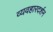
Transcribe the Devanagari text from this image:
व्यवहारदर्शन